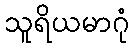
သူရိယမာဂုံ